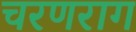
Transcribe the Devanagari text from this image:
चरणराग